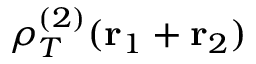
\rho _ { T } ^ { ( 2 ) } ( { \bf r } _ { 1 } + { \bf r } _ { 2 } )